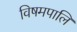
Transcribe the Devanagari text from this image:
विषमपालि